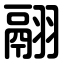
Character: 翮